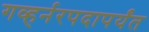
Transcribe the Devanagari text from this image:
गव्हर्नरपदापर्यंत